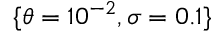
\lbrace \theta = 1 0 ^ { - 2 } , \sigma = 0 . 1 \rbrace